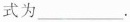
式为___.